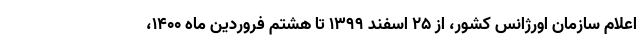
اعلام سازمان اورژانس کشور، از ۲۵ اسفند ۱۳۹۹ تا هشتم فروردین ماه ۱۴۰۰،